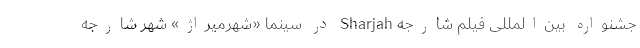
جشنواره بين‌المللى فيلم شارجه Sharjah در سینما «شهرمیراژ» شهر شارجه